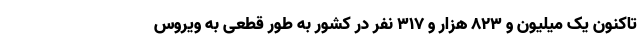
تاکنون یک میلیون و ۸۲۳ هزار و ۳۱۷ نفر در کشور به طور قطعی به ویروس